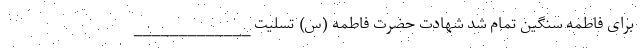
برای فاطمه سنگین تمام شد شهادت حضرت فاطمه (س) تسلیت _____________